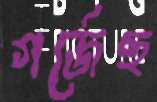
গর্জেছ